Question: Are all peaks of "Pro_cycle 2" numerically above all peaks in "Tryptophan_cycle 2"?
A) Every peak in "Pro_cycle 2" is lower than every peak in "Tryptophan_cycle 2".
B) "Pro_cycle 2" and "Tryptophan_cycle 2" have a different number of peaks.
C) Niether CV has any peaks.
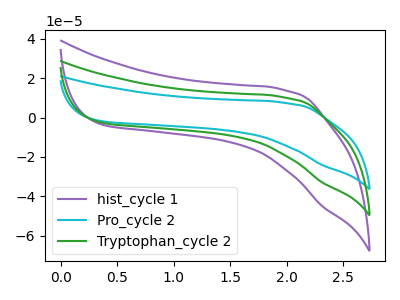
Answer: <think>The purple curve "hist_cycle 1" has no peaks. The cyan curve "Pro_cycle 2" has no peaks. The green curve "Tryptophan_cycle 2" has no peaks.</think>
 <answer>C) Niether CV has any peaks.</answer>
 <eval>C</eval>